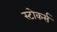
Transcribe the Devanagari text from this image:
स्टोकर्स